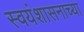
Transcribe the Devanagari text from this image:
स्वयंशासनाच्या